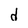
Character: d